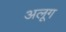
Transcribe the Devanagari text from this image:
अलूग